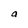
Character: a